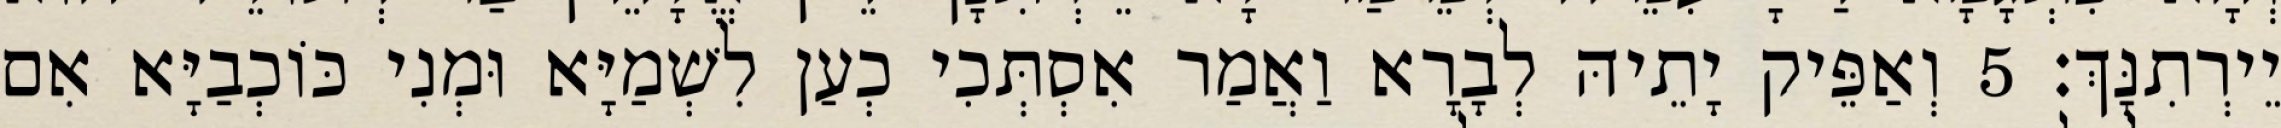
יֵירְתִנָּךְ׃ 5 וְאַפֵּיק יָתֵיהּ לְבָרָא וַאֲמַר אִסְתְּכִי כְעַן לִשְׁמַיָּא וּמְנִי כּוֹכְבַיָּא אִם